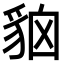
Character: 𧳄